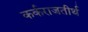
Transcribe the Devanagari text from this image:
कर्कराजतीर्थ